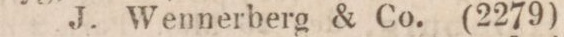
J. Wennerberg & Co. (2279)